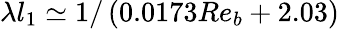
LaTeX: \lambda l_{1}\simeq 1/\left(0.0173Re_{b}+2.03\right)